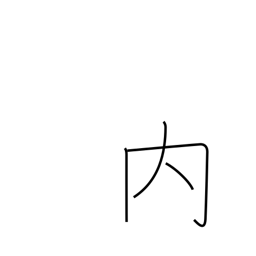
Meaning: among